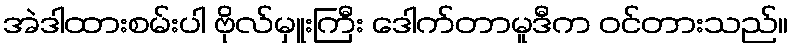
အဲဒါထားစမ်းပါ ဗိုလ်မှူးကြီး ဒေါက်တာမူဒီက ဝင်တားသည်။